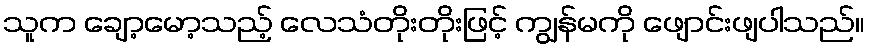
သူက ချော့မော့သည့် လေသံတိုးတိုးဖြင့် ကျွန်မကို ဖျောင်းဖျပါသည်။